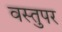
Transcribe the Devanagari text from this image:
वस्तुपर